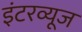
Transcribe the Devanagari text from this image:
इंटरव्यूज